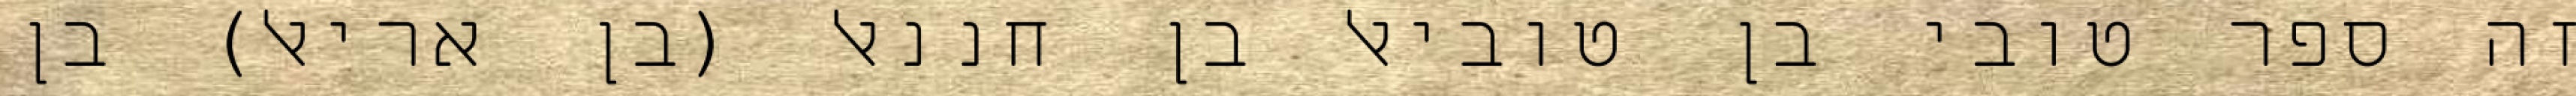
זה ספר טובי בן טוביאל בן חננאל (בן אריאל) בן